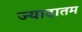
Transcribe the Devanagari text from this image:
ज्यादातम